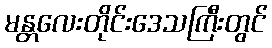
မန္တလေးတိုင်းဒေသကြီးတွင်